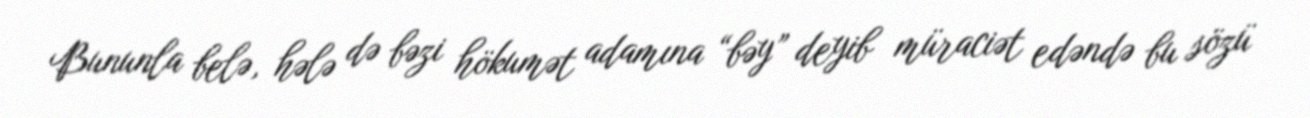
Bununla belə, hələ də bəzi hökumət adamına “bəy” deyib müraciət edəndə bu sözü